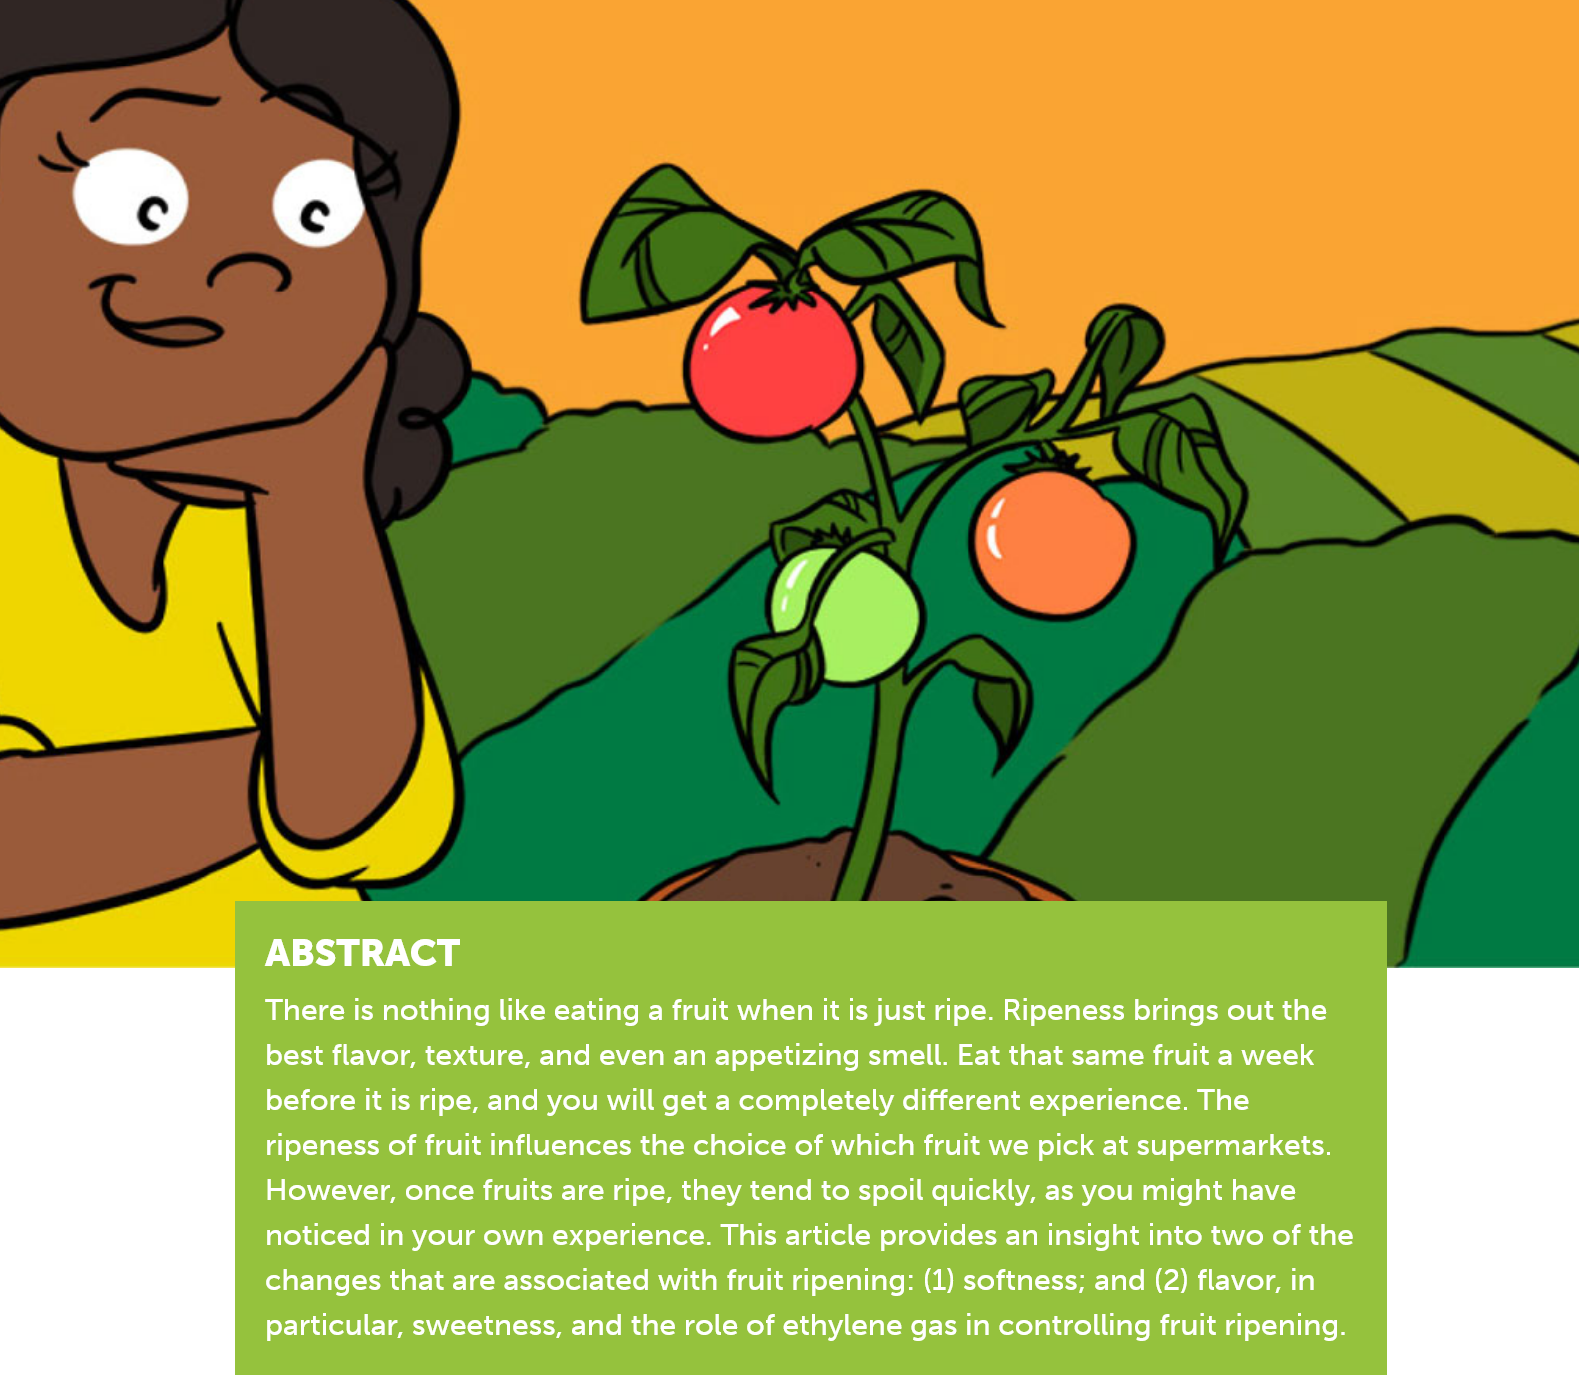
PN}   y(egy
     There is nothing like eating a fruit when it is just ripe. Ripeness brings out the
     best flavor, texture, and even an appetizing smell. Eat that same fruit a week
     before it is ripe, and you will get a completely different experience. The
     ripeness of fruit influences the choice of which fruit we pick at supermarkets.
     However, once fruits are ripe, they tend to spoil quickly, as you might have
     noticed in your own experience. This article provides an insight into two of the
     changes that are associated with fruit ripening: (1) softness; and (2) flavor, in
     particular, sweetness, and the role of ethylene gas in controlling fruit ripening.
     ABSTRACT